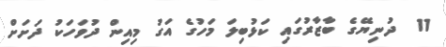
11  ދުނިޔޭގެ ބާޒާރުގައި ކަޅުބިލަ މަހުގެ އަގު މިއިން ދުވަހަކު ދަށަށް